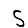
Digit: 5